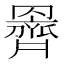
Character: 𮊞